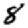
Digit: 8